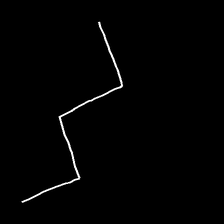
Glyph: crush